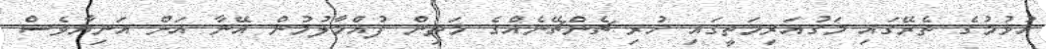
އުޅުމުގެ ތެރޭގައި މަގުއަރިމަތީގައި ހުރި ޗެންޗޭނެއްގެ މަތިން ފުއްމާލުމުން އޭނާ އަށް އަނިޔާވެސް